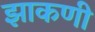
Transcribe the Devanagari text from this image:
झाकणी